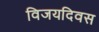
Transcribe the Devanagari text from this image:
विजयदिवस